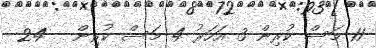
11 މަސް ކުރިން 3 އަހަރު 4 މަސް ކުރިން - 24